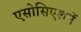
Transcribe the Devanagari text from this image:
एसोसिएशनें